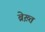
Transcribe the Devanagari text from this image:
ब्रेख़्त